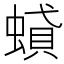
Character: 𧎢